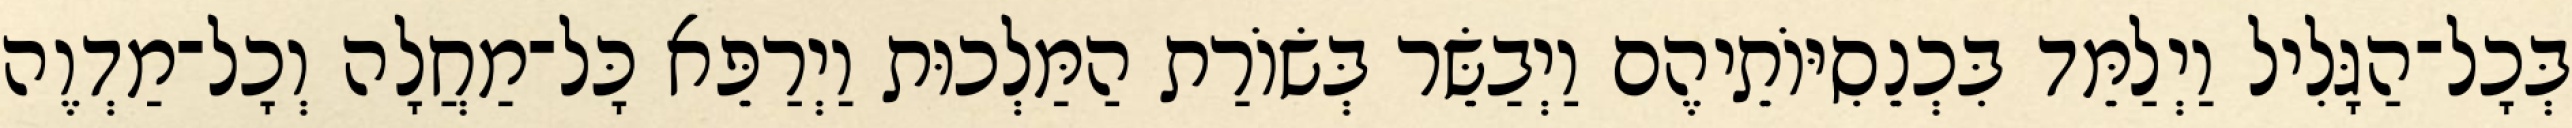
בְּכָל־הַגָּלִיל וַיְלַמֵּד בִּכְנֵסִיּוֹתֵיהֶם וַיְבַשֵּׂר בְּשׂוֹרַת הַמַּלְכוּת וַיְרַפֵּא כָּל־מַחֲלָה וְכָל־מַדְוֶה